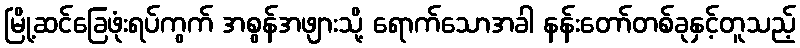
မြို့ဆင်ခြေဖုံးရပ်ကွက် အစွန်အဖျားသို့ ရောက်သောအခါ နန်းတော်တစ်ခုနှင့်တူသည့်